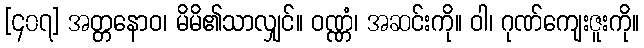
[၄၀၇] အတ္တနောဝ၊ မိမိ၏သာလျှင်။ ဝဏ္ဏံ၊ အဆင်းကို။ ဝါ၊ ဂုဏ်ကျေးဇူးကို။